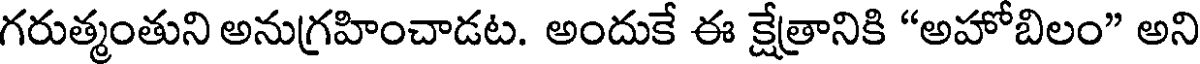
గరుత్మంతుని అనుగ్రహించాడట. అందుకే ఈ క్షేత్రానికి "అహోబిలం" అని